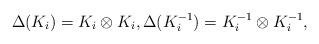
LaTeX: \begin{align*}\Delta(K_i)=K_i\otimes K_i,\Delta(K_i^{-1})=K_i^{-1}\otimes K_i^{-1},\end{align*}